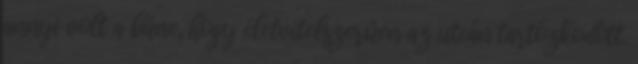
annyi volt a bűne, hogy életvitelszerűen az utcán tartózkodott.